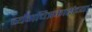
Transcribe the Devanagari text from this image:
व्यंगचित्रकारांच्या